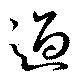
過